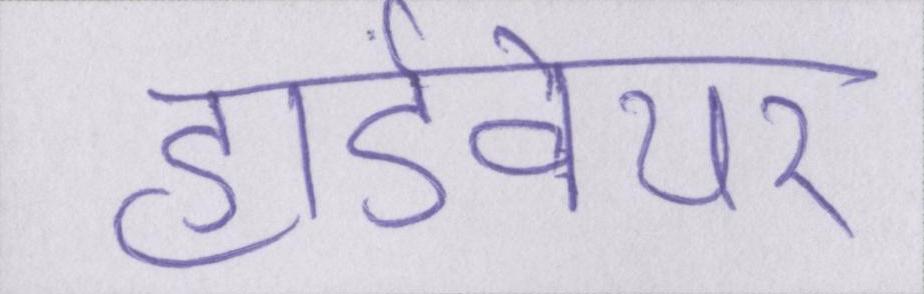
हार्डवेयर